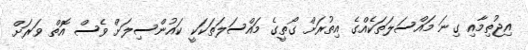
އިޖުތިމާއި ގިނަ މައްސަލަތަކެއްގެ އިތުރަށް ގޯތީގެ މައްސަލަތަކަކީ ކައުންސިލަށް ވެސް އޮތް ވަރަށް